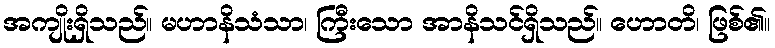
အကျိုးရှိသည်။ မဟာနိသံသာ၊ ကြီးသော အာနိသင်ရှိသည်။ ဟောတိ၊ ဖြစ်၏။